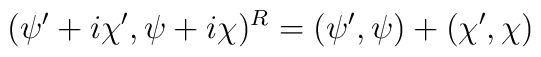
(\psi ^{\prime }+i\chi ^{\prime },\psi +i\chi )^{R}=(\psi ^{\prime },\psi)+(\chi ^{\prime },\chi )